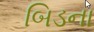
બિડના